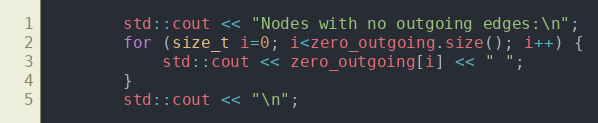
Language: C++
        std::cout << "Nodes with no outgoing edges:\n";
        for (size_t i=0; i<zero_outgoing.size(); i++) {
            std::cout << zero_outgoing[i] << " ";
        }
        std::cout << "\n";